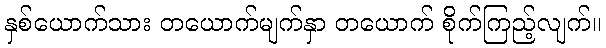
နှစ်ယောက်သား တယောက်မျက်နှာ တယောက် စိုက်ကြည့်လျက်။